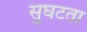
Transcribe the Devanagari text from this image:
सुघटता